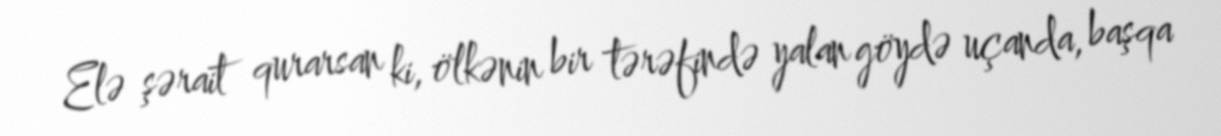
Elə şərait qurarsan ki, ölkənin bir tərəfində yalan göydə uçanda, başqa